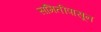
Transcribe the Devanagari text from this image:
समितीपासून